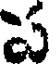
ప